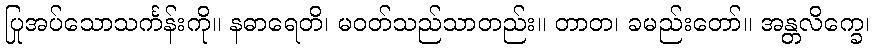
ပြုအပ်သောသင်္ကန်းကို။ နဓာရေတိ၊ မဝတ်သည်သာတည်း။ တာတ၊ ခမည်းတော်။ အန္တလိက္ခေ၊